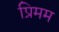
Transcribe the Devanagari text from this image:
प्रिमम